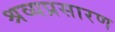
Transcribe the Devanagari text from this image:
श्रव्यप्रसारण